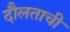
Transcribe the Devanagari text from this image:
दौलताची